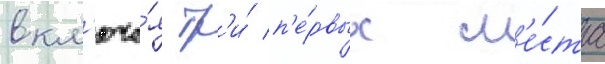
вкл'юча́я тр'и́ п'е́рвых м'е́ста